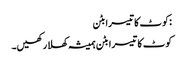
:کوٹ کا تیسرا بٹن
کوٹ کا تیسرا بٹن ہمیشہ کھلا رکھیں۔